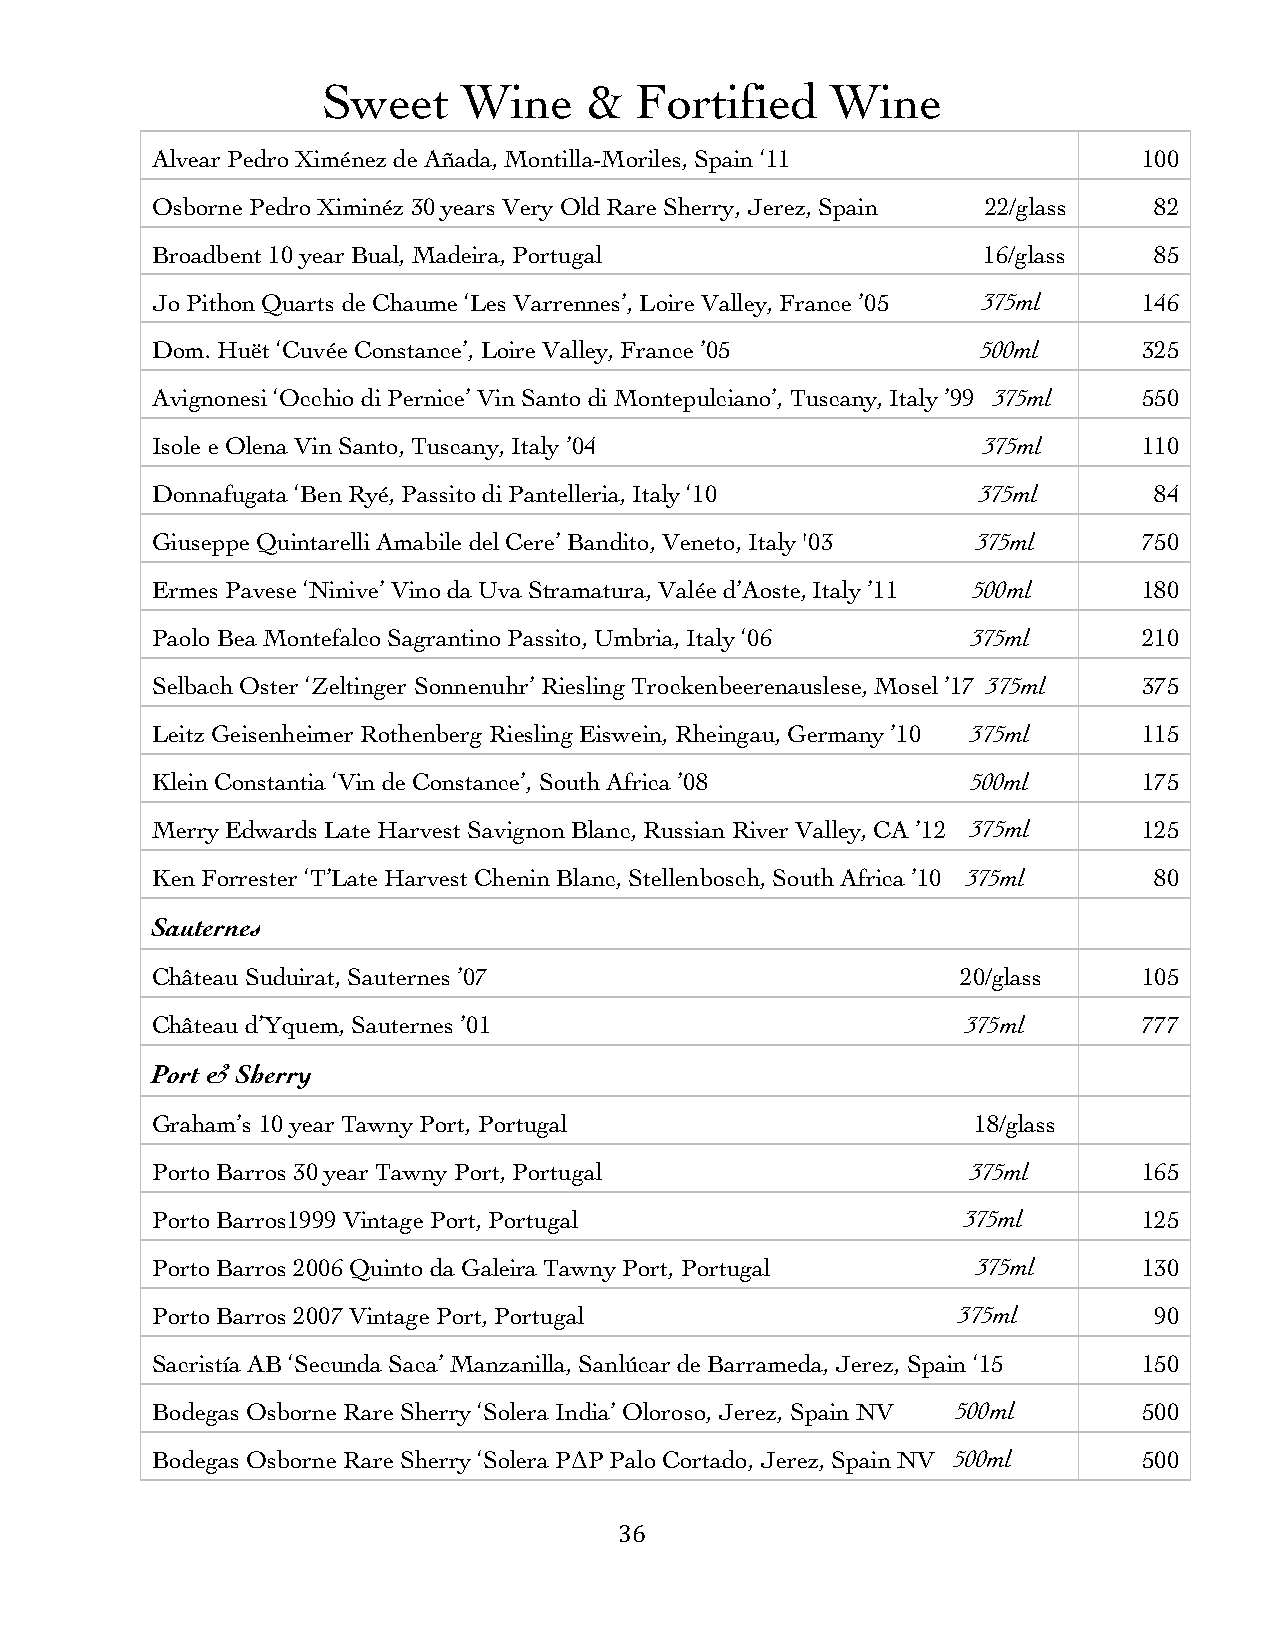
Sweet     Wine    &  Fortified    Wine
 Alvear Pedro Ximénez de Añada, Montilla-Moriles, Spain ‘11        100
 Osborne Pedro Ximinéz 30 years Very Old Rare Sherry, Jerez, Spain 22/glass 82
 Broadbent 10 year Bual, Madeira, Portugal              16/glass   85
 Jo Pithon Quarts de Chaume ‘Les Varrennes’, Loire Valley, France ’05 375ml 146
 Dom. Huët ‘Cuvée Constance’, Loire Valley, France ’05  500ml      325
 Avignonesi ‘Occhio di Pernice’ Vin Santo di Montepulciano’, Tuscany, Italy ’99 375ml 550
 Isole e Olena Vin Santo, Tuscany, Italy ’04            375ml      110
 Donnafugata ‘Ben Ryé, Passito di Pantelleria, Italy ‘10 375ml     84
 Giuseppe Quintarelli Amabile del Cere’ Bandito, Veneto, Italy '03 375ml 750
 Ermes Pavese ‘Ninive’ Vino da Uva Stramatura, Valée d’Aoste, Italy ’11 500ml 180
 Paolo Bea Montefalco Sagrantino Passito, Umbria, Italy ‘06 375ml  210
 Selbach Oster ‘Zeltinger Sonnenuhr’ Riesling Trockenbeerenauslese, Mosel ’17 375ml 375
 Leitz Geisenheimer Rothenberg Riesling Eiswein, Rheingau, Germany ’10 375ml 115
 Klein Constantia ‘Vin de Constance’, South Africa ’08 500ml       175
 Merry Edwards Late Harvest Savignon Blanc, Russian River Valley, CA ’12 375ml 125
 Ken Forrester ‘T’Late Harvest Chenin Blanc, Stellenbosch, South Africa ’10 375ml 80
 Sauternes
 Château Suduirat, Sauternes ’07                       20/glass    105
 Château d’Yquem, Sauternes ’01                        375ml       777
 Port & Sherry
 Graham’s 10 year Tawny Port, Portugal                 18/glass
 Porto Barros 30 year Tawny Port, Portugal             375ml       165
 Porto Barros1999 Vintage Port, Portugal               375ml       125
 Porto Barros 2006 Quinto da Galeira Tawny Port, Portugal 375ml    130
 Porto Barros 2007 Vintage Port, Portugal              375ml       90
 Sacristía AB ‘Secunda Saca’ Manzanilla, Sanlúcar de Barrameda, Jerez, Spain ‘15 150
 Bodegas Osborne Rare Sherry ‘Solera India’ Oloroso, Jerez, Spain NV 500ml 500
 Bodegas Osborne Rare Sherry ‘Solera P∆P Palo Cortado, Jerez, Spain NV 500ml 500
 36